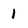
Character: 1